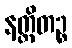
နတ္ထိတဉ္စ